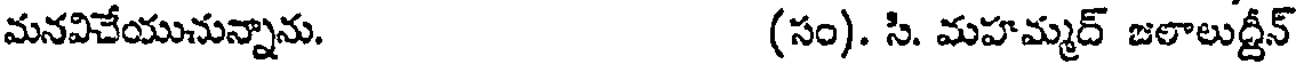
మనవిచేయునున్నాను. (సం). సి. మహమ్మద్ జలాలుద్దీన్